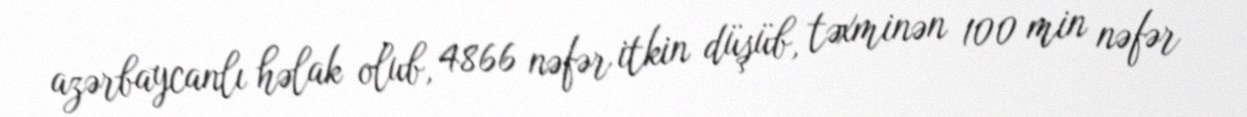
azərbaycanlı həlak olub, 4866 nəfər itkin düşüb, təxminən 100 min nəfər